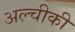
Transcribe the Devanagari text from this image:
अल्चीकी